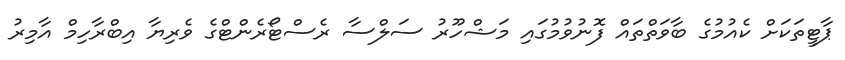
ޕާޓީތަކަށް ކެއުމުގެ ބާވަތްތައް ފޮނުވުމުގައި މަޝްހޫރު ސަލްސާ ރެސްޓޯރެންޓްގެ ވެރިޔާ އިބްރާހިމް އާމިރު